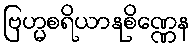
ဗြဟ္မစရိယာနုစိဏ္ဏေန